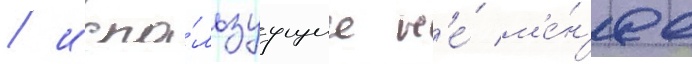
/ испо́льзуущие н'е́ м'е́н'ее